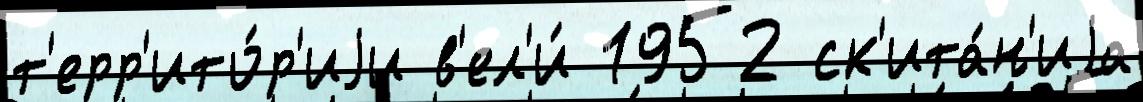
т'ерр'ито́р'иjи в'ел'и́ 1952 ск'ита́н'иjа